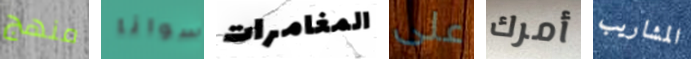
منهج سوانا المغامرات على أمرك المشاريب